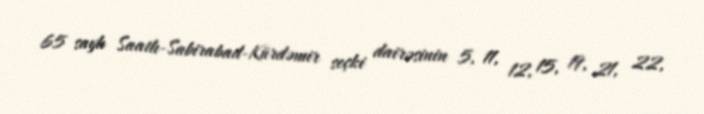
65 saylı Saatlı-Sabirabad-Kürdəmir seçki dairəsinin 5, 11, 12, 15, 19, 21, 22,